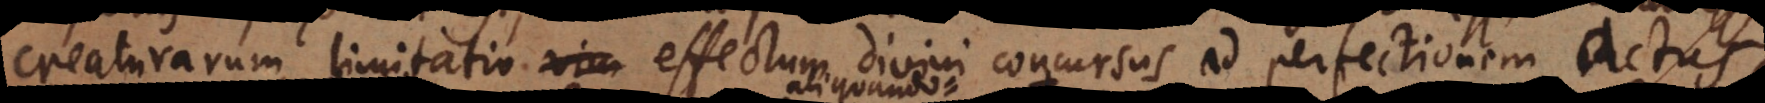
creaturarum limitatio vim effectum divini concursus ad perfectionem actus